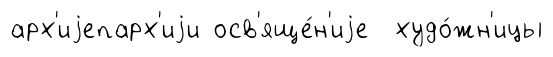
арх'иjепарх'иjи осв'яще́н'иjе худо́жн'ицы